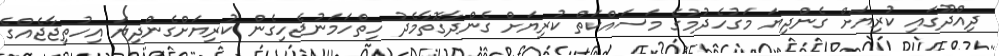
ދިއްދޫގައި ކުރިޔަށް ގެންދިޔަ މަގުހެދުމުގެ މަސައްކަތް ކުރިޔަށް ގެންދާގޮތާމެދު ހިތްހަމަނުޖެހިގެން ކުރިޔަށްގެންދިޔަ އިހުތިޖާޖެއްގެ